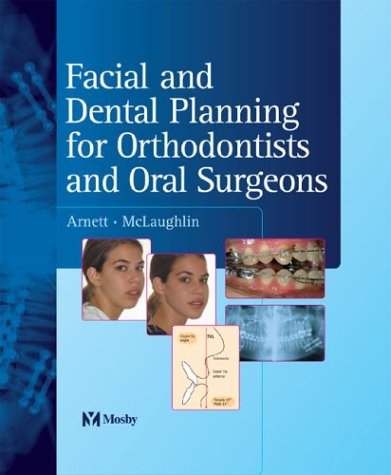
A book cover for Facial and Dental Planning for Orthodontists and Oral Surgeons; William GWA Arnett DDS  FAC; Medical Books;